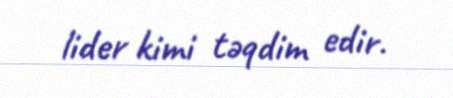
lider kimi təqdim edir.